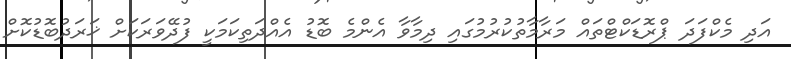
އަދި މެކްފަދަ ޕްރޮޑަކްޓްތައް މަރާމާތުކުރުމުގައި ދިމާވާ އެންމެ ބޮޑު އެއްދަތިކަމަކީ ފުދޭވަރަކަށް ޚަރަދުބޮޑުކޮށް